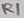
Text: R1